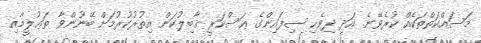
މަސައްކަތްތަކެއް ކުރެވޭނެ. އަދި ދިވެހި ސިފައިންގެ ޢަސްކަރީ ޤާބިލުކަން އިތުރުކުރުމަށް ބޭނުންވާ ތަޢުލީމާއި